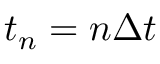
t _ { n } = n \Delta t